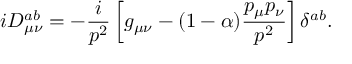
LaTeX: i D _ { \mu \nu } ^ { a b } = - \frac i { p ^ { 2 } } \left[ g _ { \mu \nu } - ( 1 - \alpha ) \frac { p _ { \mu } p _ { \nu } } { p ^ { 2 } } \right] \delta ^ { a b } .